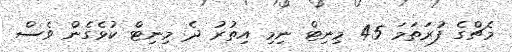
މެޗްގެ ފުރަތަމަ 45 މިނިޓް ނިމި އިތުރު ދެ މިނިޓް ކުޅެގެން ވެސް